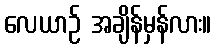
လေယာဉ် အချိန်မှန်လား။